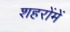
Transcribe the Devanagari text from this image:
शहरोंमें